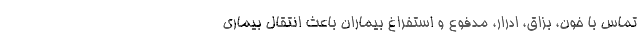
تماس با خون، بزاق، ادرار، مدفوع و استفراغ بیماران باعث انتقال بیماری